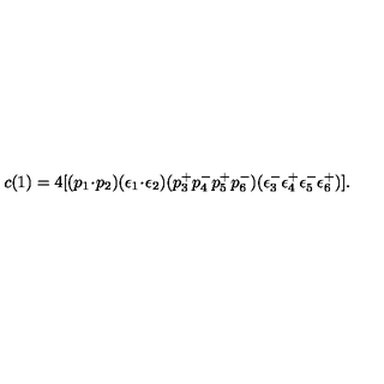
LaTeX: c ( 1 ) = 4 [ ( p _ { 1 } \! \cdot \! p _ { 2 } ) ( \epsilon _ { 1 } \! \cdot \! \epsilon _ { 2 } ) ( p _ { 3 } ^ { + } p _ { 4 } ^ { - } p _ { 5 } ^ { + } p _ { 6 } ^ { - } ) ( \epsilon _ { 3 } ^ { - } \epsilon _ { 4 } ^ { + } \epsilon _ { 5 } ^ { - } \epsilon _ { 6 } ^ { + } ) ] .